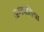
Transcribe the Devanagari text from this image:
जगपतिया